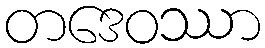
တဒေဝဿာ